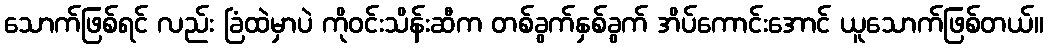
သောက်ဖြစ်ရင် လည်း ခြံထဲမှာပဲ ကိုဝင်းသိန်းဆီက တစ်ခွက်နှစ်ခွက် အိပ်ကောင်းအောင် ယူသောက်ဖြစ်တယ်။